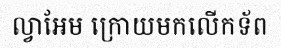
ល្វាអែម ក្រោយមកលើកទ័ព